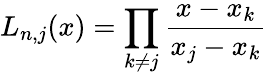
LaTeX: L_{n,j}(x)=\prod_{k\neq j}{\frac{x-x_{k}}{x_{j}-x_{k}}}